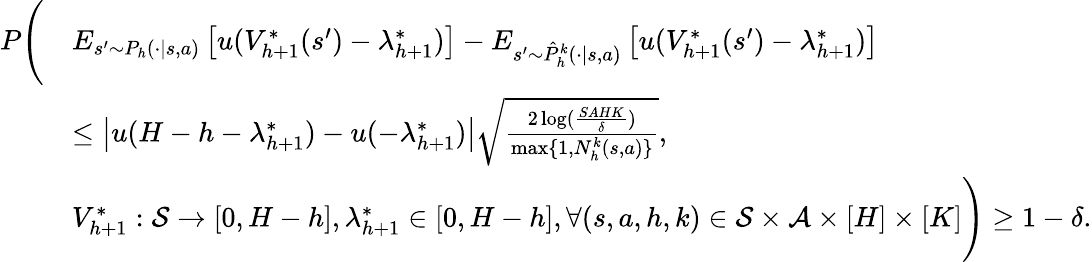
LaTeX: \begin{array}{rl}{P\Bigg(}&{E_{s^{\prime}\sim P_{h}(\cdot\vert s,a)}\left[u(V_{h+1}^{*}(s^{\prime})-\lambda_{h+1}^{*})\right]-E_{s^{\prime}\sim\hat{P}_{h}^{k}(\cdot\vert s,a)}\left[u(V_{h+1}^{*}(s^{\prime})-\lambda_{h+1}^{*})\right]}\\ &{\leq\left\vert u(H-h-\lambda_{h+1}^{*})-u(-\lambda_{h+1}^{*})\right\vert\sqrt{\frac{2\log(\frac{SAHK}{\delta})}{\operatorname*{max}\{ 1,N_{h}^{k}(s,a)\} }},}\\ &{V_{h+1}^{*}:\mathcal{S}\to[0,H-h],\lambda_{h+1}^{*}\in[0,H-h],\forall(s,a,h,k)\in\mathcal{S}\times\mathcal{A}\times[H]\times[K]\Bigg)\geq 1-\delta.}\end{array}